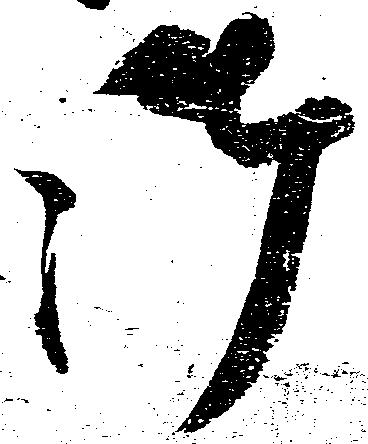
御